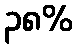
၃၈%